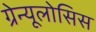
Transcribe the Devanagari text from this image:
ग्रेन्यूलोसिस